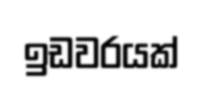
ඉඩවරයක්